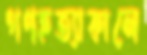
গণহত্যাকালে